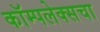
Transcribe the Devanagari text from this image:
कॉम्पलेक्सचा